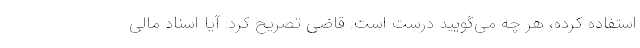
استفاده کرده، هر چه می‌گویید درست است. قاضی تصریح کرد: آیا اسناد مالی